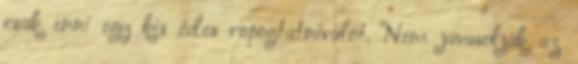
csak enni egy kis édes ropogtatnivalót. Nem javasolják az